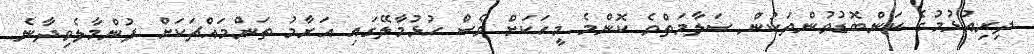
ދިރިއުޅުމުގެ ކަންބޮޑުވުންތަކުން ސަލާމަތްވެ ކޮންމެ މީހަކަށް ވެސް ހުޅުމާލޭގައި އަރާމު ތަންމައްޗަކަށް ފުންމާލެވިދާނެ